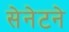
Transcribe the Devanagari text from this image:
सेनेटने